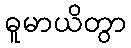
ဓူမာယိတွာ